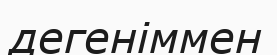
дегеніммен